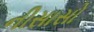
નીસાસો